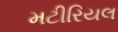
મટીરિયલ